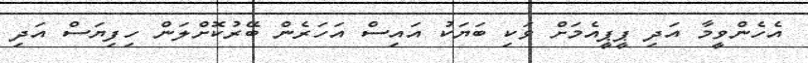
އެހެންވީމާ އަދި ޕީޕީއެމަށް ވަކި ބަޔަކު އައިސް އަހަރެން ބޭރުކޮށްލަން ހިފިޔަސް އަދި